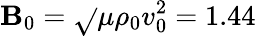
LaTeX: \mathbf{B}_{0}=\sqrt{}{{\mu\rho_{0}v_{0}^{2}}}=1.44